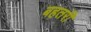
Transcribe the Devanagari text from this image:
बहतरी